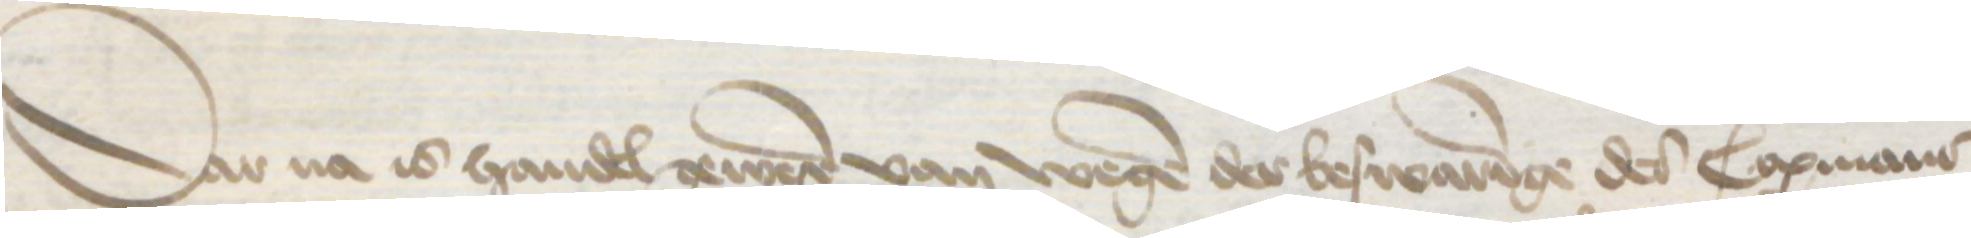
Dar na is handel gewereren van wegen der beswaringe des Copmans